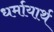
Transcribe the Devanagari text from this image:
धर्मायार्थ